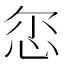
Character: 𢘞